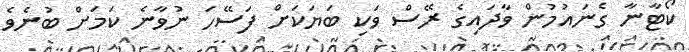
ކޯޓާނާ ގެނައުމުން ވާދައިގެ ރޭސް ވަކި ބަޔަކަށް ފަސޭހަ ނުވާނެ ކަމަށް ބުނެވެ